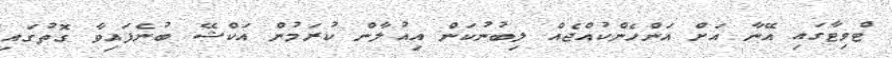
ޓްވިޓާގައި އޭނާ އަށް އަންހެންކުއްޖެއް ލިބުނުކަން އިއުލާން ކުރަމުން އަކްޝޭ ބުނެފައިވާ ގޮތުގައި